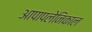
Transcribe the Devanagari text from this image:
आपापलेनिकाल